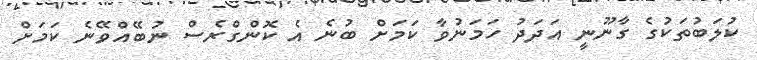
ކުލަބުތަކުގެ ގާނޫނީ އަދަދު ހަމަނުވާ ކަމަށް ބުނެ އެ ކޮންގްރެސް ނުބޭއްވޭނެ ކަމަށް